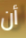
أن